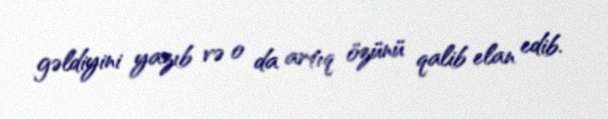
gəldiyini yazıb və o da artıq özünü qalib elan edib.